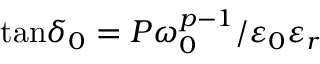
\tan \! \delta _ { 0 } = P \omega _ { 0 } ^ { p - 1 } / \varepsilon _ { 0 } \varepsilon _ { r }